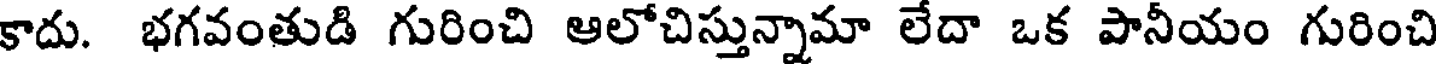
కాదు. భగవంతుడి గురించి ఆలోచిస్తున్నామా లేదా ఒక పానీయం గురించి